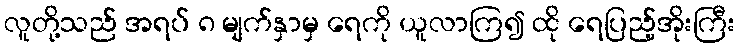
လူတို့သည် အရပ် ၈ မျက်နှာမှ ရေကို ယူလာကြ၍ ထို ရေပြည့်အိုးကြီး